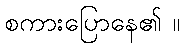
စကားပြောနေ၏ ။